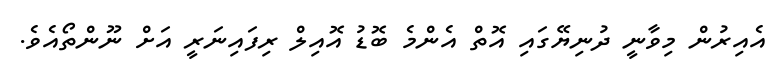
އެއިރުން މިވާނީ ދުނިޔޭގައި އޮތް އެންމެ ބޮޑު އޮއިލް ރިފައިނަރީ އަށް ނޫންތޯއެވެ.